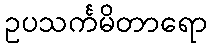
ဥပသင်္ကမိတာရော